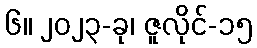
၆။ ၂၀၂၃-ခု၊ ဇူလိုင်-၁၅